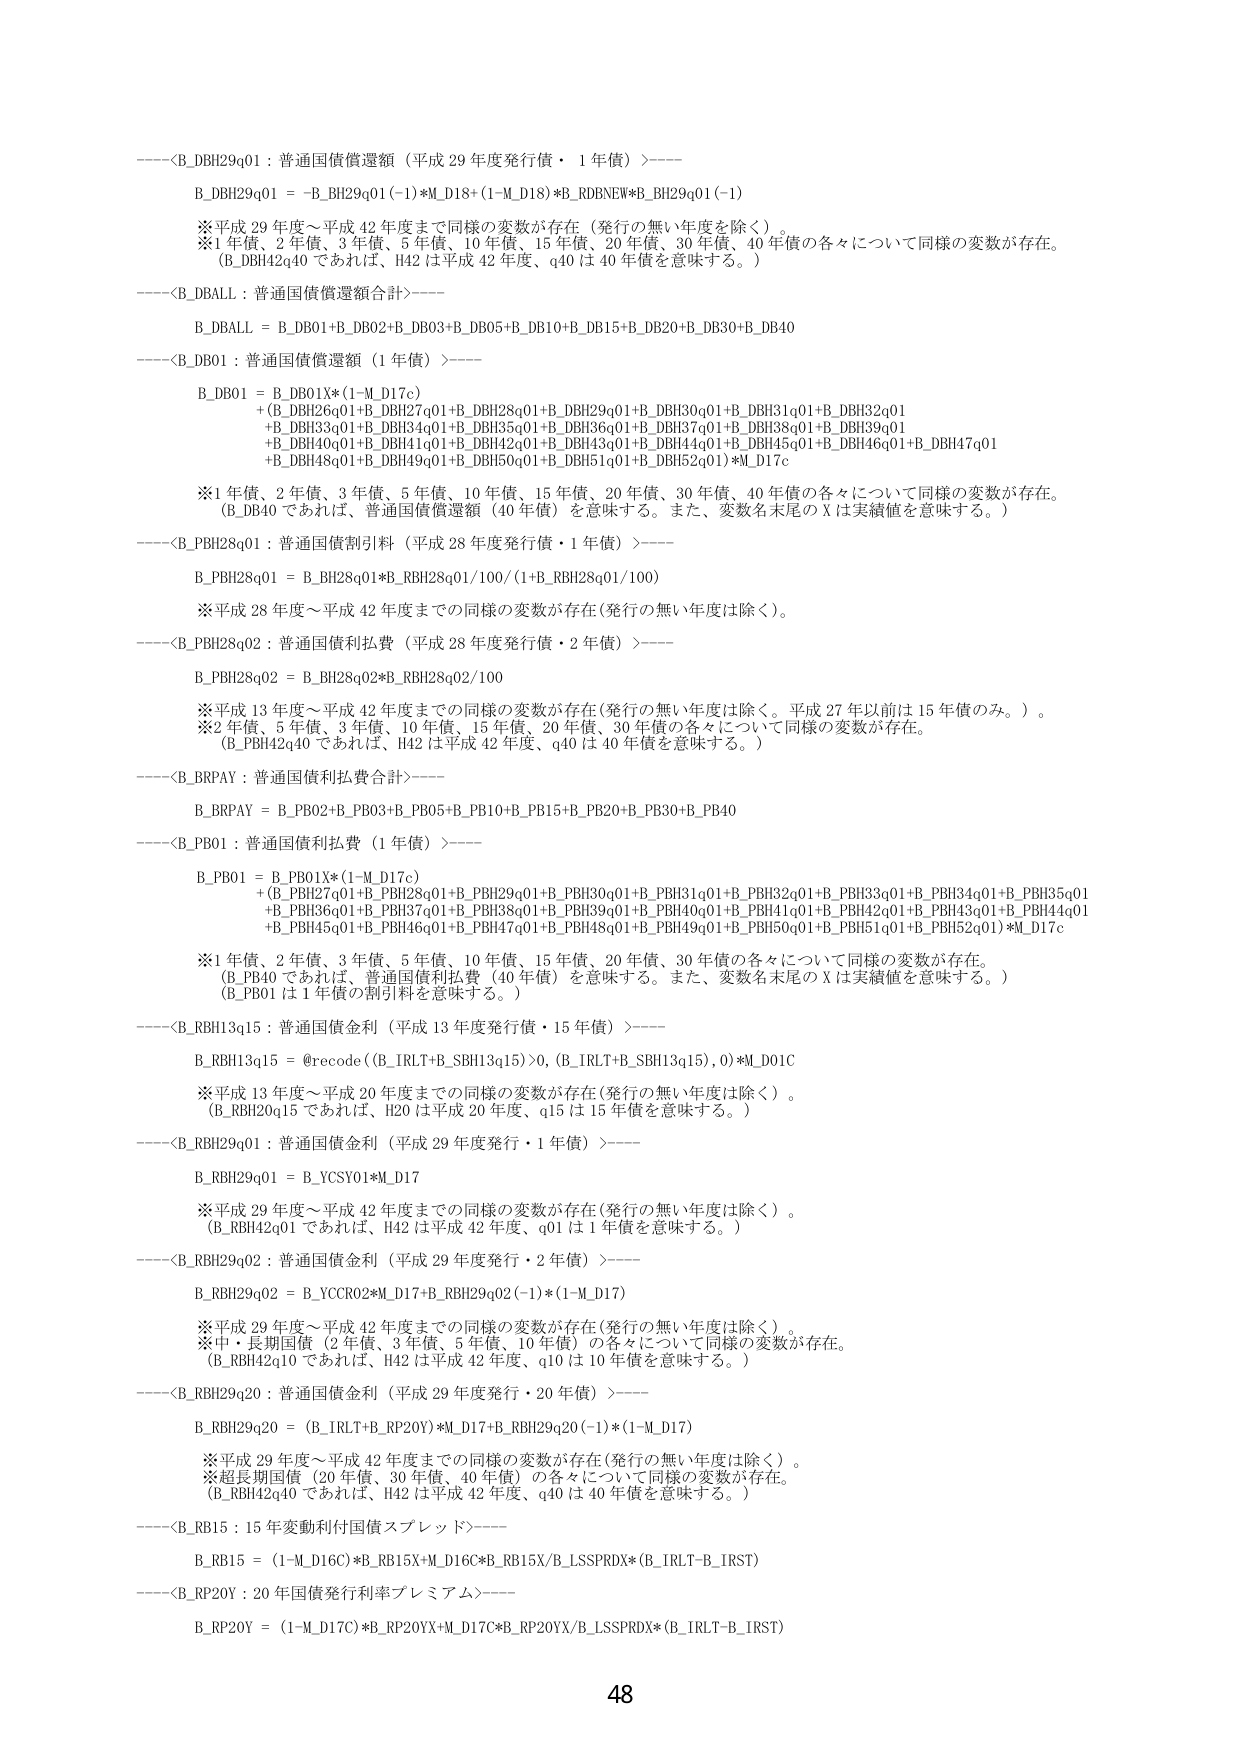
----<B_DBH29q01 : 普通国債償還額（平成29年度発行債・1年債）>----
B_DBH29q01 = -B_BH29q01(-1)*M_D18+(1-M_D18)*B_RDBNEW*B_BH29q01(-1)
※平成29年度～平成42年度までの同様の変数が存在（発行の無い年度を除く）。
※1年債、2年債、3年債、5年債、10年債、15年債、20年債、30年債、40年債の各々について同様の変数が存在。
（B_DBH42q40であれば、H42は平成42年度、q40は40年債を意味する。）

----<B_DBALL : 普通国債償還額合計>----
B_DBALL = B_DB01+B_DB02+B_DB03+B_DB05+B_DB10+B_DB15+B_DB20+B_DB30+B_DB40

----<B_DB01 : 普通国債償還額（1年債）>----
B_DB01 = B_DB01X*(1-M_D17c)
+(B_DBH26q01+B_DBH27q01+B_DBH28q01+B_DBH29q01+B_DBH30q01+B_DBH31q01+B_DBH32q01
+B_DBH33q01+B_DBH34q01+B_DBH35q01+B_DBH36q01+B_DBH37q01+B_DBH38q01+B_DBH39q01
+B_DBH40q01+B_DBH41q01+B_DBH42q01+B_DBH43q01+B_DBH44q01+B_DBH45q01+B_DBH46q01+B_DBH47q01
+B_DBH48q01+B_DBH49q01+B_DBH50q01+B_DBH51q01+B_DBH52q01)*M_D17c
※1年債、2年債、3年債、5年債、10年債、15年債、20年債、30年債、40年債の各々について同様の変数が存在。
（B_DB40であれば、普通国債償還額（40年債）を意味する。また、変数名末尾のXは実績値を意味する。）

----<B_PBH28q01 : 普通国債割引料（平成28年度発行債・1年債）>----
B_PBH28q01 = B_BH28q01*B_RBH28q01/100/(1+B_RBH28q01/100)
※平成28年度～平成42年度までの同様の変数が存在（発行の無い年度は除く）。

----<B_PBH28q02 : 普通国債利払費（平成28年度発行債・2年債）>----
B_PBH28q02 = B_BH28q02*B_RBH28q02/100
※平成13年度～平成42年度までの同様の変数が存在（発行の無い年度は除く。平成27年以前は15年債のみ。）。
※2年債、5年債、3年債、10年債、15年債、20年債、30年債の各々について同様の変数が存在。
（B_PBH42q40であれば、H42は平成42年度、q40は40年債を意味する。）

----<B_BRPAY : 普通国債利払費合計>----
B_BRPAY = B_PB02+B_PB03+B_PB05+B_PB10+B_PB15+B_PB20+B_PB30+B_PB40

----<B_PB01 : 普通国債利払費（1年債）>----
B_PB01 = B_PB01X*(1-M_D17c)
+(B_PBH27q01+B_PBH28q01+B_PBH29q01+B_PBH30q01+B_PBH31q01+B_PBH32q01+B_PBH33q01+B_PBH34q01+B_PBH35q01
+B_PBH36q01+B_PBH37q01+B_PBH38q01+B_PBH39q01+B_PBH40q01+B_PBH41q01+B_PBH42q01+B_PBH43q01+B_PBH44q01
+B_PBH45q01+B_PBH46q01+B_PBH47q01+B_PBH48q01+B_PBH49q01+B_PBH50q01+B_PBH51q01+B_PBH52q01)*M_D17c
※1年債、2年債、3年債、5年債、10年債、15年債、20年債、30年債の各々について同様の変数が存在。
（B_PB40であれば、普通国債利払費（40年債）を意味する。また、変数名末尾のXは実績値を意味する。）
（B_PB01は1年債の割引料を意味する。）

----<B_RBH13q15 : 普通国債金利（平成13年度発行債・15年債）>----
B_RBH13q15 = @recode((B_IRLT+B_SBH13q15)>0, (B_IRLT+B_SBH13q15), 0)*M_D01C
※平成13年度～平成20年度までの同様の変数が存在（発行の無い年度は除く）。
（B_RBH20q15であれば、H20は平成20年度、q15は15年債を意味する。）

----<B_RBH29q01 : 普通国債金利（平成29年度発行・1年債）>----
B_RBH29q01 = B_YCSY01*M_D17
※平成29年度～平成42年度までの同様の変数が存在（発行の無い年度は除く）。
（B_RBH42q01であれば、H42は平成42年度、q01は1年債を意味する。）

----<B_RBH29q02 : 普通国債金利（平成29年度発行・2年債）>----
B_RBH29q02 = B_YCRR2*M_D17+B_RBH29q02(-1)*(1-M_D17)
※平成29年度～平成42年度までの同様の変数が存在（発行の無い年度は除く）。
※中・長期国債（2年債、3年債、5年債、10年債）の各々について同様の変数が存在。
（B_RBH42q10であれば、H42は平成42年度、q10は10年債を意味する。）

----<B_RBH29q20 : 普通国債金利（平成29年度発行・20年債）>----
B_RBH29q20 = (B_IRLT+B_RP20Y)*M_D17+B_RBH29q20(-1)*(1-M_D17)
※平成29年度～平成42年度までの同様の変数が存在（発行の無い年度は除く）。
※超長期国債（20年債、30年債、40年債）の各々について同様の変数が存在。
（B_RBH42q40であれば、H42は平成42年度、q40は40年債を意味する。）

----<B_RBI5 : 15年変動利付国債スプレッド>----
B_RBI5 = (1-M_D16C)*B_RBI5X*M_D16C*B_RBI5X/B_LSSPRDX*(B_IRLT-B_IRST)

----<B_RP20Y : 20年国債発行利率プレミアム>----
B_RP20Y = (1-M_D17C)*B_RP20YX*M_D17C*B_RP20YX/B_LSSPRDX*(B_IRLT-B_IRST)

48